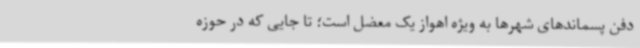
دفن پسماندهای شهرها به ویژه اهواز یک معضل است؛ تا جایی که در حوزه